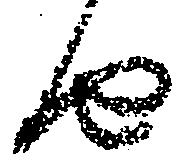
由